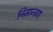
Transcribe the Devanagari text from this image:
निमान्त्रण